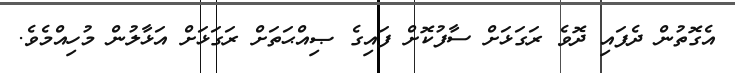
އެގޮތުން ދެފައި ދޮވެ ރަގަޅަށް ސާފުކޮށް ފައިގެ ޞިއްޙަތަށް ރަގަޅަށް އަޅާލުން މުހިއްމެވެ.